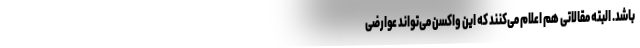
باشد. البته مقالاتی هم اعلام می‌کنند که این واکسن می‌تواند عوارضی